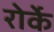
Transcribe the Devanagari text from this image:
रोर्के